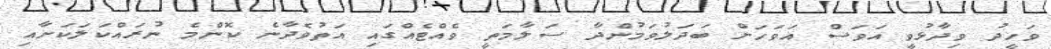
ވަހީދު ވިދާޅުވީ އަވަސް އަވަހަށް ބަދަލުވަމުންދާ ސަލާމަތީ ވެއްޓެއްގައި އަތުވެދާނެ ކޮންމެ ނުރައްކަލަކަށާއި